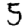
Digit: 5